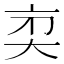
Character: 𠅑